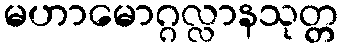
မဟာမောဂ္ဂလ္လာနသုတ္တ